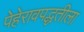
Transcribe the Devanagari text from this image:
पेहेरावपद्धतीला